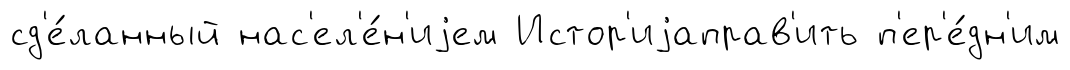
сд'е́ланный нас'ел'е́н'иjем Истор'иjаправ'ить п'ер'е́дн'им